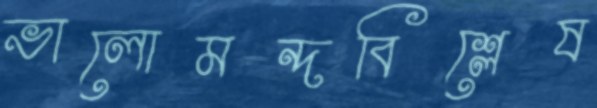
ভালোমন্দবিশ্লেষ